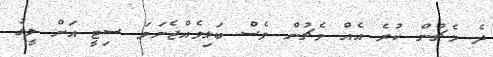
ދެ މެޗުން ކުރެ އެއް މެޗުން ވެސް ބަލިވެއްޖެނަމަ ސިޓީ އަށް ލީގު